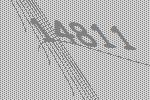
14811